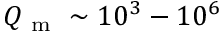
Q _ { \mathrm { ~ m ~ } } \sim 1 0 ^ { 3 } - 1 0 ^ { 6 }